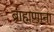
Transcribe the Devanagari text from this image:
ब्राह्मणाना